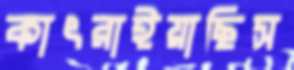
কাৎরাইয়াছিস